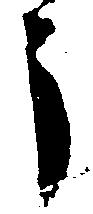
う